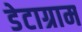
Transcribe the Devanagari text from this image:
डेटाग्राम